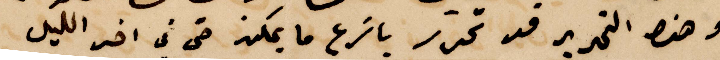
وهذا التحرير قد تحرر بأسرع ما يمكن حتى في اخر الليل